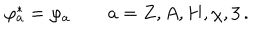
\varphi _ { a } ^ { * } = \varphi _ { a } \qquad a = Z , A , H , \chi , 3 \, .